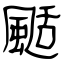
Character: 颳